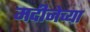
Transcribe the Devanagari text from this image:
मदीनेच्या